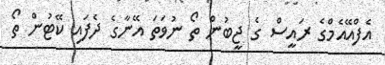
އެފްއޭއެމްގެ ރައީސް ގެ ޖީބުން ތޯ ނުވަތަ އޭނާގެ ދެފައި ކޭޓުން ތޯ